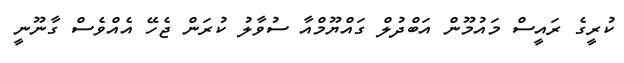
ކުރީގެ ރައީސް މައުމޫން އަބްދުލް ގައްޔޫމްއާ ސުވާލު ކުރަން ޖެހޭ އެއްވެސް ގާނޫނީ